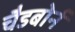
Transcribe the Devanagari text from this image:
चैडबोर्न